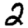
Digit: 2